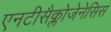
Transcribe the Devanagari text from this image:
एनटीसैक्लोजेनेसिस